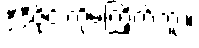
ဒီဒီဇိုင်းကိုမကြိုက်ဘူး။